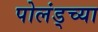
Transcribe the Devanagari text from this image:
पोलंड्च्या